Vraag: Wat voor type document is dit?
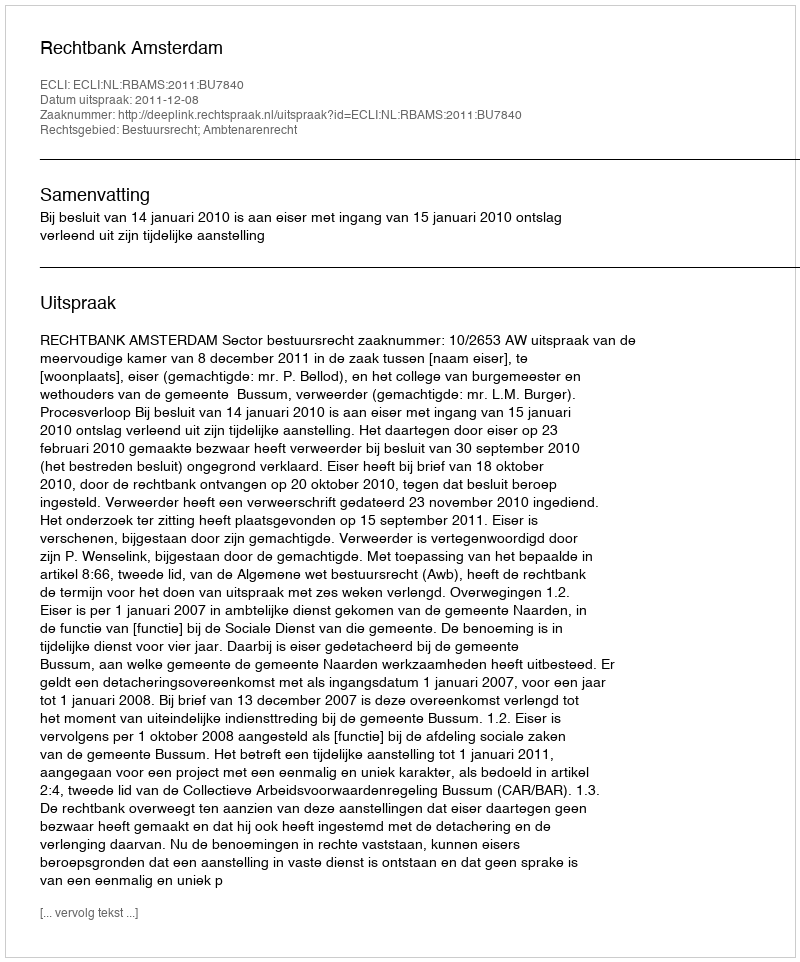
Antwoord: Uitspraak